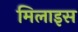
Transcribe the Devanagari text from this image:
मिलाइस